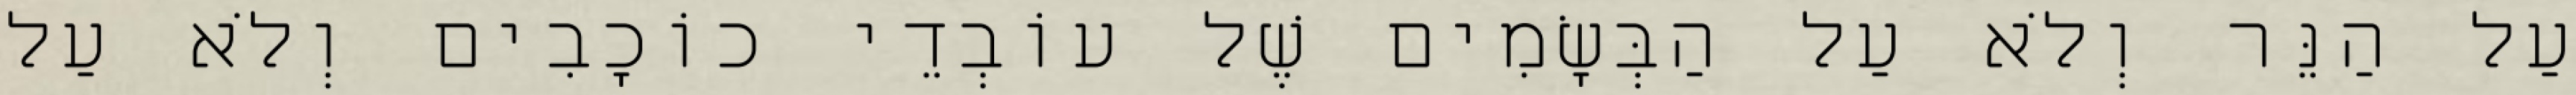
עַל הַנֵּר וְלֹא עַל הַבְּשָׂמִים שֶׁל עוֹבְדֵי כוֹכָבִים וְלֹא עַל